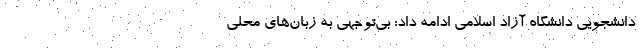
دانشجویی دانشگاه آزاد اسلامی ادامه داد: بی‌توجهی به زبان‌های محلی